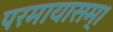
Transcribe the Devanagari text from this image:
परमायासम्‌।